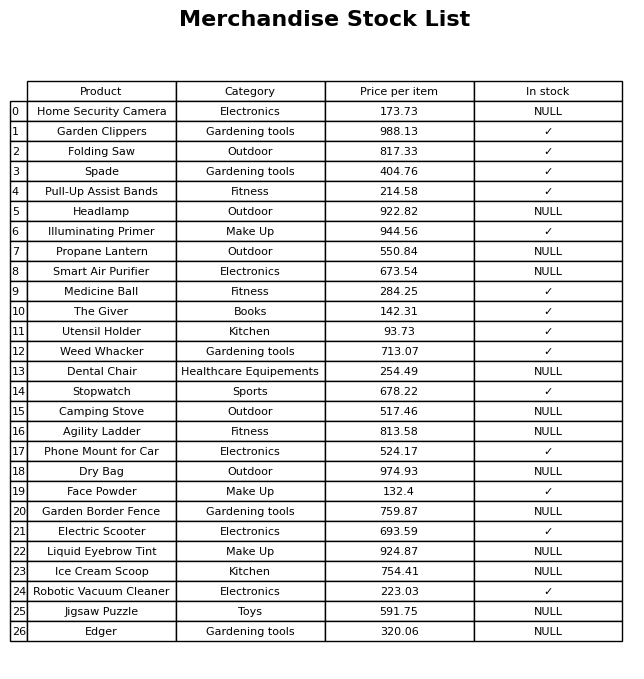
question: What is the price of the Home Security Camera?
answer: The price of Home Security Camera is 173.73.